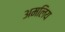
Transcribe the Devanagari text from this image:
अमलिय